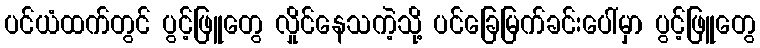
ပင်ယံထက်တွင် ပွင့်ဖြူတွေ လှိုင်နေသကဲ့သို့ ပင်ခြေမြက်ခင်းပေါ်မှာ ပွင့်ဖြူတွေ